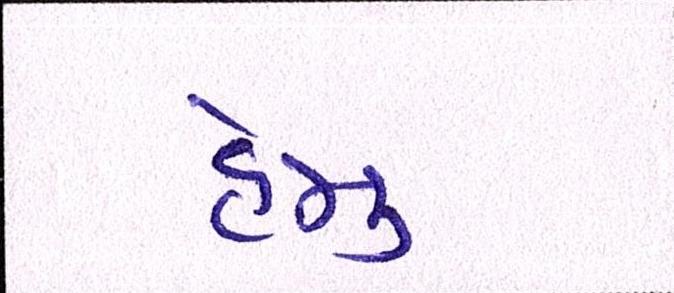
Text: હેમુ